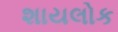
શાયલોક